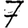
Digit: 7